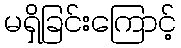
မရှိခြင်းကြောင့်